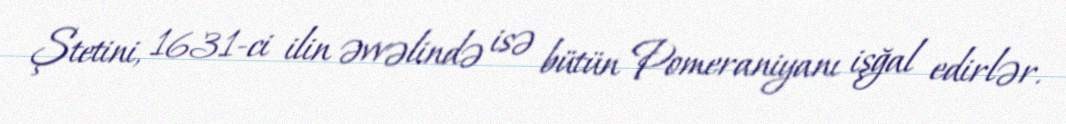
Ştetini, 1631-ci ilin əvvəlində isə bütün Pomeraniyanı işğal edirlər.